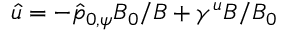
\hat { u } = - \hat { p } _ { 0 , \psi } B _ { 0 } / B + \gamma ^ { u } B / B _ { 0 }